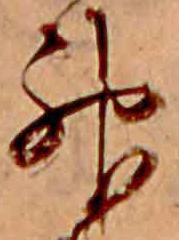
神